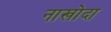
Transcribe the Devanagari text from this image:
नाखोदा